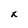
Character: x